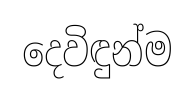
දෙවිඳුන්ම